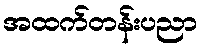
အထက်တန်းပညာ